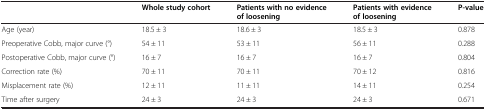
<table><thead><tr><td><b> </b></td><td><b>Whole study cohort</b></td><td><b>Patients with no evidence of loosening</b></td><td><b>Patients with evidence of loosening</b></td><td><b>P-value</b></td></tr></thead><tbody><tr><td>Age (year)</td><td>18.5 ± 3</td><td>18.6 ± 3</td><td>18.5 ± 3</td><td>0.878</td></tr><tr><td>Preoperative Cobb, major curve (°)</td><td>54 ± 11</td><td>53 ± 11</td><td>56 ± 11</td><td>0.288</td></tr><tr><td>Postoperative Cobb, major curve (°)</td><td>16 ± 7</td><td>16 ± 7</td><td>16 ± 7</td><td>0.804</td></tr><tr><td>Correction rate (%)</td><td>70 ± 11</td><td>70 ± 11</td><td>70 ± 12</td><td>0.816</td></tr><tr><td>Misplacement rate (%)</td><td>12 ± 11</td><td>11 ± 11</td><td>14 ± 11</td><td>0.254</td></tr><tr><td>Time after surgery</td><td>24 ± 3</td><td>24 ± 3</td><td>24 ± 3</td><td>0.671</td></tr></tbody></table>